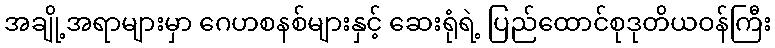
အချို့အရာများမှာ ဂေဟစနစ်များနှင့် ဆေးရုံရဲ့ ပြည်ထောင်စုဒုတိယဝန်ကြီး